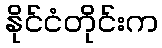
နိုင်ငံတိုင်းက